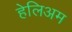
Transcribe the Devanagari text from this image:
हेलिअम